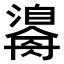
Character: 𤂃